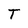
Character: T